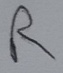
Text: R